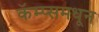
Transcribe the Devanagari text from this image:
कॅम्प्समधून